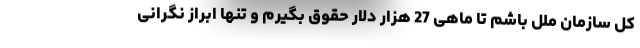
کل سازمان ملل باشم تا ماهی 27 هزار دلار حقوق بگیرم و تنها ابراز نگرانی